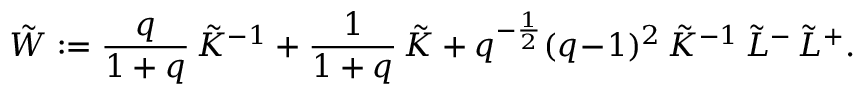
\tilde { W } : = \frac q { 1 + q } \, \tilde { K } ^ { - 1 } + \frac 1 { 1 + q } \, \tilde { K } + q ^ { - \frac 1 2 } ( q \! - \! 1 ) ^ { 2 } \, \tilde { K } ^ { - 1 } \, \tilde { L } ^ { - } \, \tilde { L } ^ { + } .